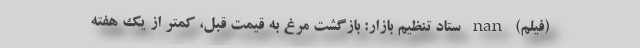
(فیلم) nan ستاد تنظیم بازار: بازگشت مرغ به قیمت قبل، کمتر از یک هفته